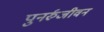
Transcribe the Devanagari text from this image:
पुनर्रुजीवन